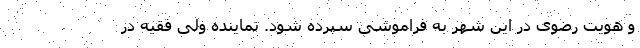
و هویت رضوی در این شهر به فراموشی سپرده شود. نماینده ولی فقیه در